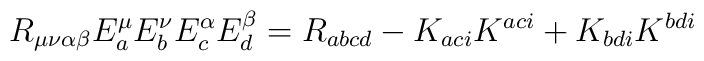
R_{\mu\nu\alpha\beta}E^{\mu}_{a}E^{\nu}_{b}E^{\alpha}_{c}E^{\beta}_{d}= R_{abcd} - K_{aci}K^{aci} + K_{bdi}K^{bdi}